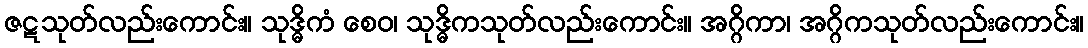
ဇဋသုတ်လည်းကောင်း။ သုဒ္ဓိကံ စေဝ၊ သုဒ္ဓိကသုတ်လည်းကောင်း။ အဂ္ဂိကာ၊ အဂ္ဂိကသုတ်လည်းကောင်း။